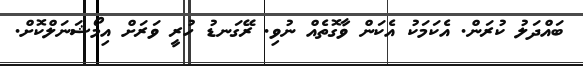
ބައްދަލު ކުރަން. އެކަމަކު އެކަން ވާގޮތެއް ނުވި. ރޭގަނޑު ހުރީ ވަރަށް އިމޯޝަނަލްކޮށް.